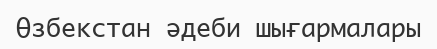
Өзбекстан әдеби шығармалары